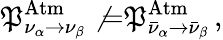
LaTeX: \mathfrak{P}_{\nu_{\alpha}\to\nu_{\beta}}^{\mathrm{{Atm}}}\not{=}\mathfrak{P}_{\bar{{\nu}}_{\alpha}\to\bar{{\nu}}_{\beta}}^{\mathrm{{Atm}}}\, ,